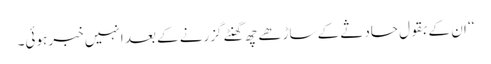
‘‘ ان کے بقول حادثے کے ساڑھے چھ گھنٹے گزرنے کے بعد انہیں خبر ہوئی۔